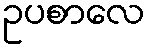
ဥပစာလေ